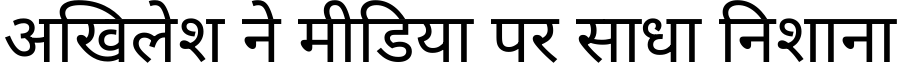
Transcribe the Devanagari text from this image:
अखिलेश ने मीडिया पर साधा निशाना